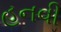
હનવી